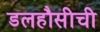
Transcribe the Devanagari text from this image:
डलहौसीची